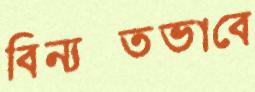
বিন্যস্তভাবে